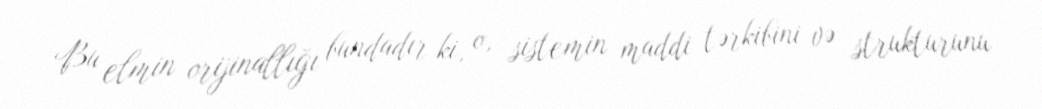
Bu elmin orijinallığı bundadır ki, o, sistemin maddi tərkibini və strukturunu